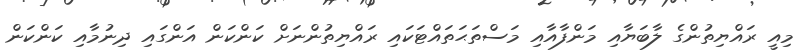
މިއީ ރައްޔިތުންގެ ލާބަޔާއި މަންފާއާއި މަސްތަޙަތައްޓަކައި ރައްޔިތުންނަށް ކަންކަން އަންގައި ދިނުމާއި ކަންކަން